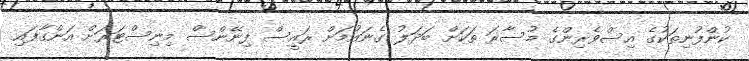
ކުންފުނިތަކުގެ އިސްވެރިންގެ މުސާރަ ތަކަށް ބަދަލު ގެނައުމަށް ރައީސް ފިނޭންސް މިނިސްޓަރަށް އަންގާފައި